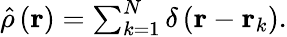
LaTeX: \begin{array}{r}{\hat{\rho}\left(\mathbf{r}\right)=\sum_{k=1}^{N}\delta\left(\mathbf{r}-\mathbf{r}_{k}\right).}\end{array}